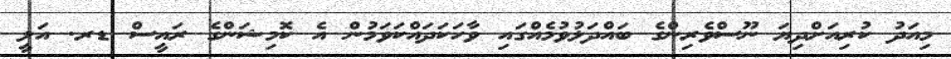
މިއަދު ކުރިއަށްދިޔަ ނޫސްވެރިންގެ ބައްދަލުވުމެއްގައި ވާހަކަދައްކަވަމުން އެ ކޮމިޝަންގެ ރައީސް ޑރ. އަލީ